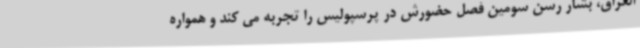
العراق، بشار رسن سومین فصل حضورش در پرسپولیس را تجربه می کند و همواره